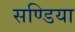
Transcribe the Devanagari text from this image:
सण्डिया